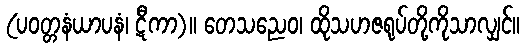
(ပဝတ္တနံယာပနံ၊ ဋီကာ)။ တေသညေဝ၊ ထိုသဟဇရုပ်တို့ကိုသာလျှင်။